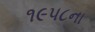
૧૯૫૮ના